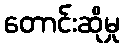
တောင်းဆိုမှု